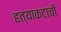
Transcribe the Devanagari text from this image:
हत्याकटाची